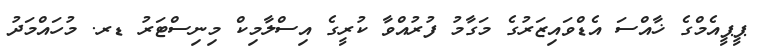
ޕީޕީއެމްގެ ޚާއްސަ އެޑްވައިޒަރުގެ މަގާމު ފުރުއްވާ ކުރީގެ އިސްލާމިކް މިނިސްޓަރު ޑރ. މުހައްމަދު